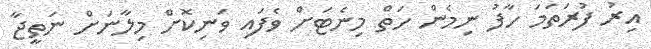
އިރު ފުރަތަމަ ހާފު ނިމެން ހަތް މިނެޓަށް ވެފައި ވަނިކޮށް މިލާނަށް ނަތީޖާ